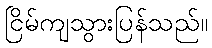
ငြိမ်ကျသွားပြန်သည်။